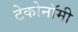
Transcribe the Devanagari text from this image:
टेकोनॉमी